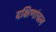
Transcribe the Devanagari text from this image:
दक्षिणांचल